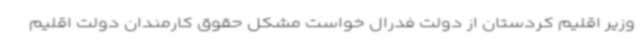
وزیر اقلیم کردستان از دولت فدرال خواست مشکل حقوق کارمندان دولت اقلیم